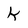
Character: k